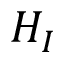
H _ { I }